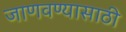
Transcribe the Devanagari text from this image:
जाणवण्यासाठी